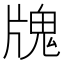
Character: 𤗧